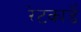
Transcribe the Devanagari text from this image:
रेटकार्डे